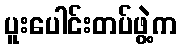
ပူးပေါင်းတပ်ဖွဲ့က